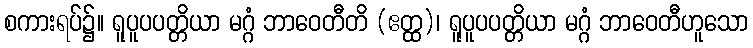
စကားရပ်၌။ ရူပူပပတ္တိယာ မဂ္ဂံ ဘာဝေတီတိ (ဧတ္ထ)၊ ရူပူပပတ္တိယာ မဂ္ဂံ ဘာဝေတီဟူသော